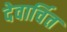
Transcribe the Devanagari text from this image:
देवार्चित